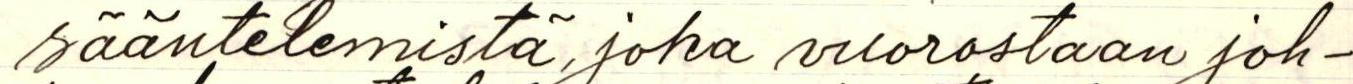
sääntelemistä, joka vuorostaan joh-